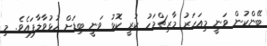
ބޭންކުން ވަނީ މިއަހަރު މާރިޗްމަހު ކުރީ ކޮޅު ވަނީ ބިޑަށް ހުޅުވާލާފައެވެ. މި